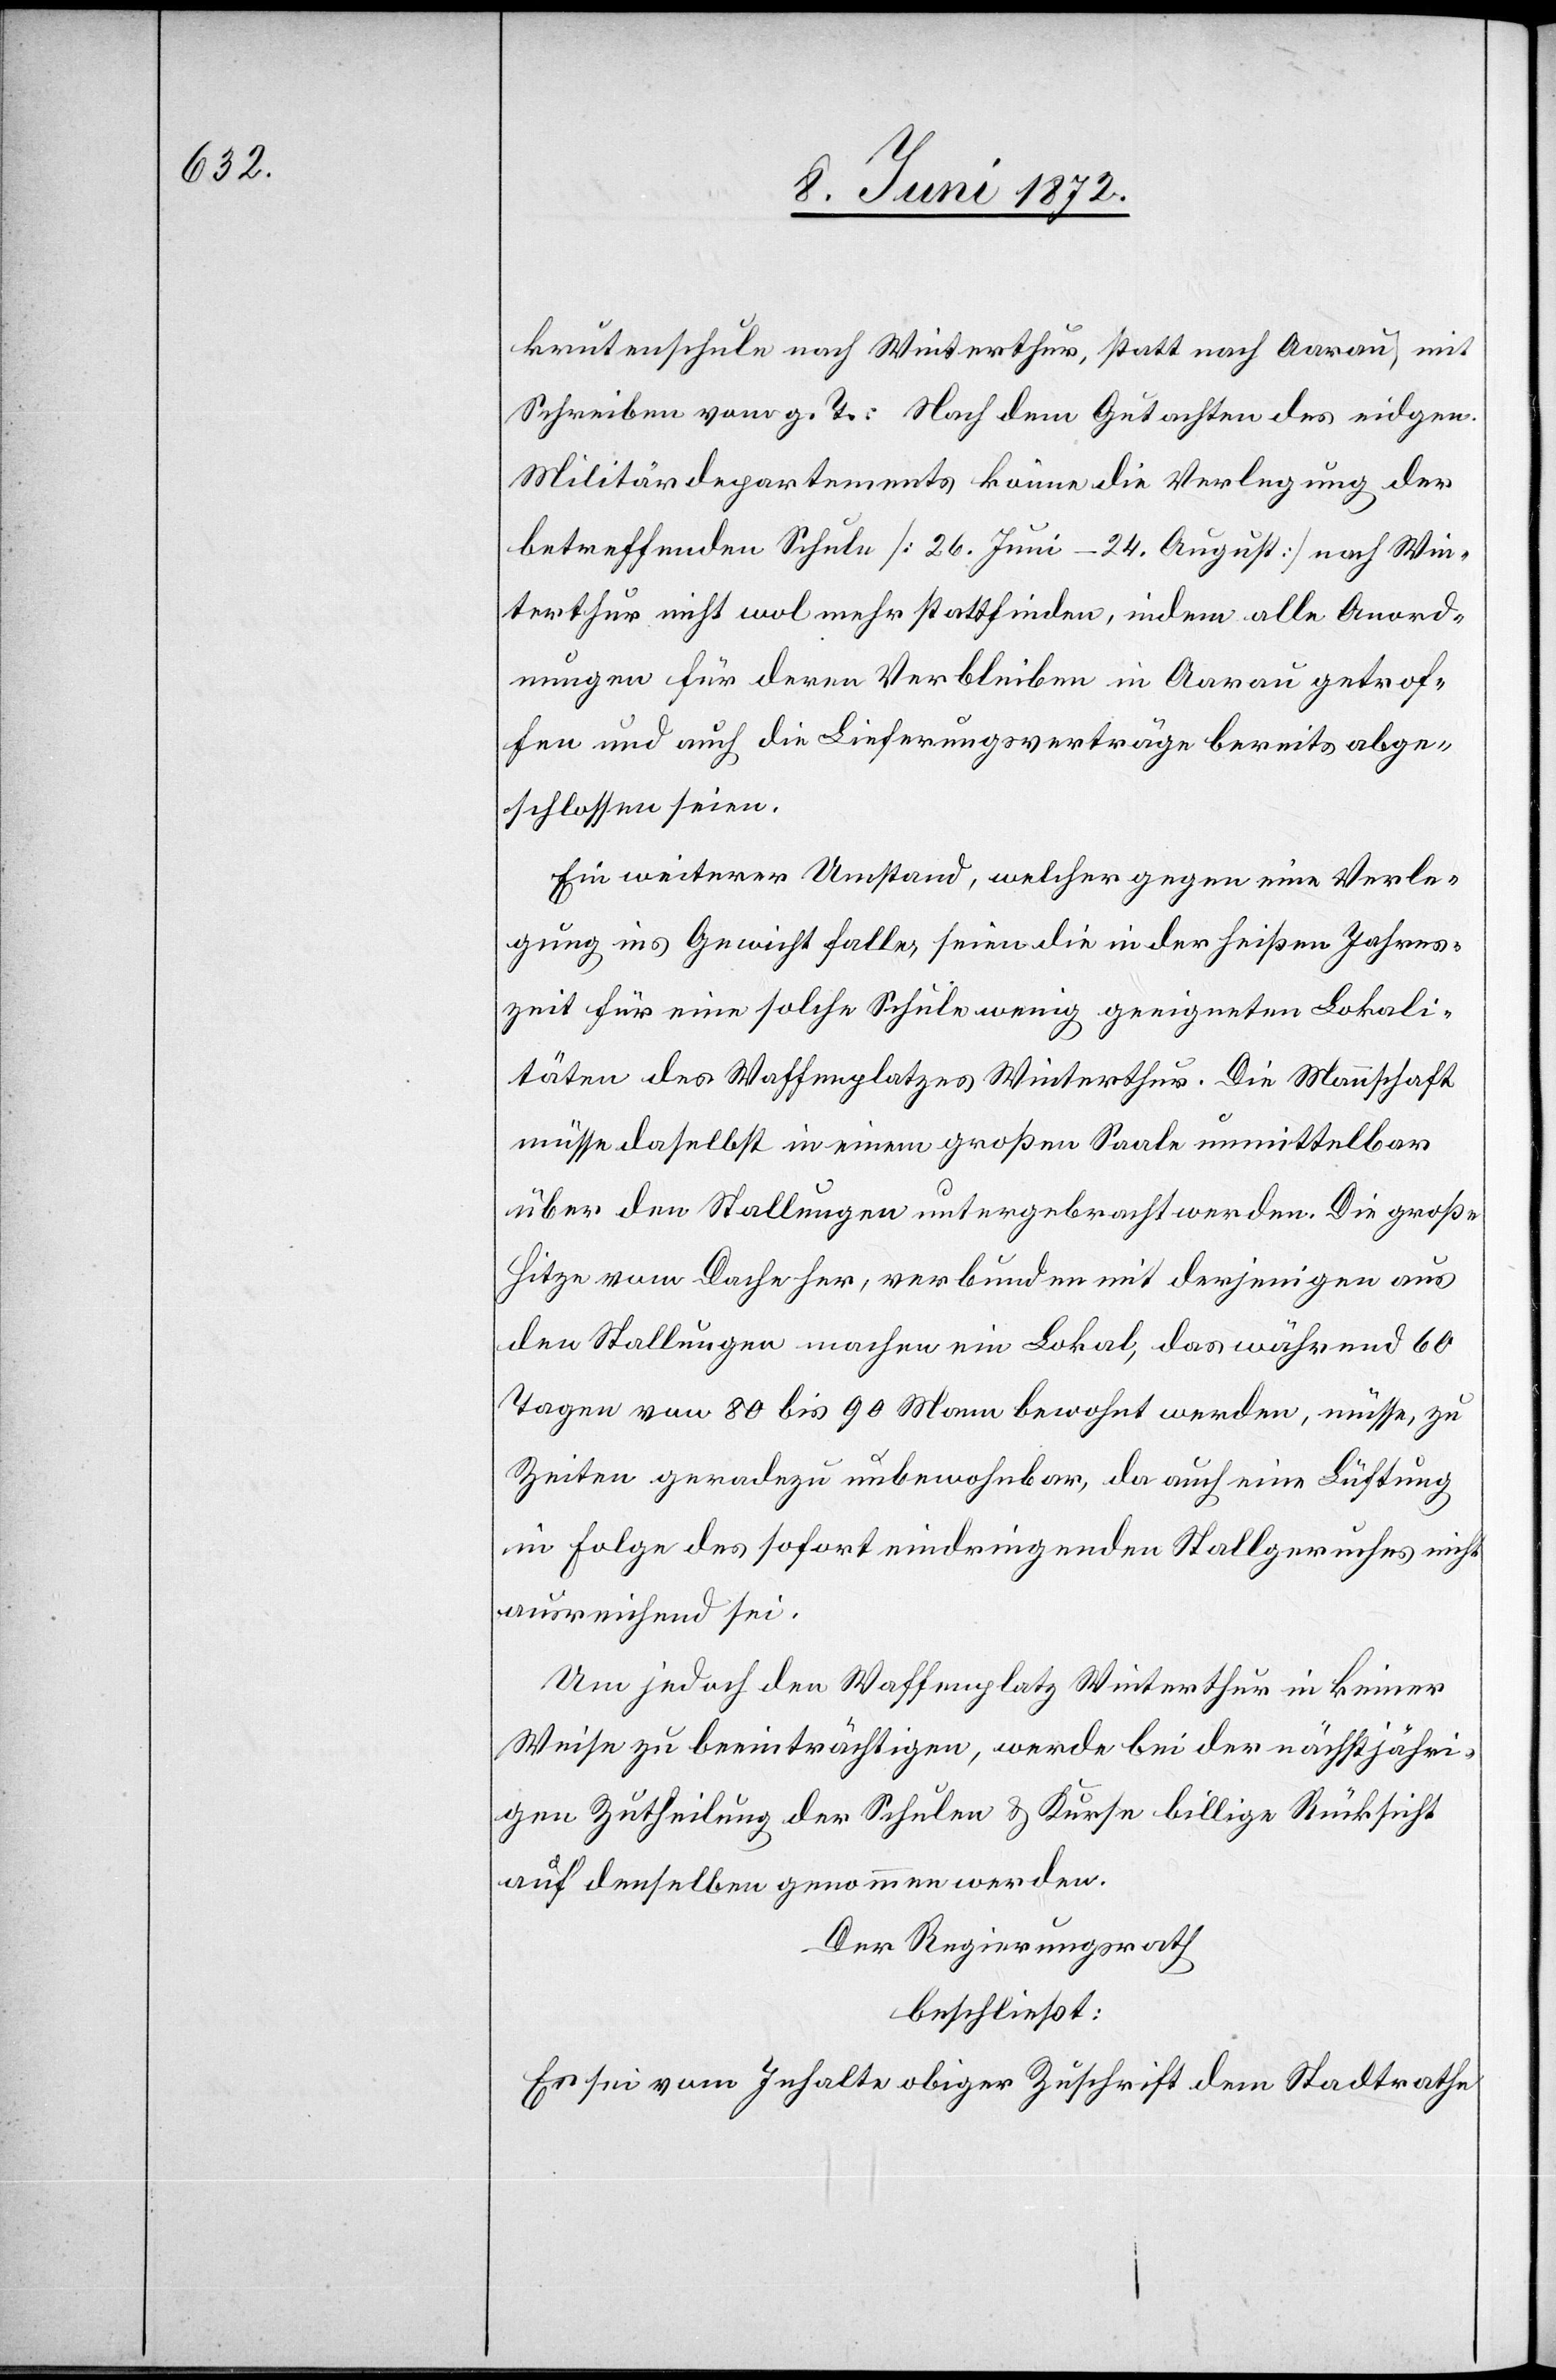
krutenschule nach Winterthur, statt nach Aarau, mit
Schreiben vom g. T.: Nach dem Gutachten des eidgen.
Militärdepartements könne die Verlegung der
betreffenden Schule [26. Juni–24. August] nach Win¬
terthur nicht wol mehr stattfinden, indem alle Anord¬
nungen für deren Verbleiben in Aarau getrof¬
fen und auch die Lieferungsverträge bereits abge¬
schlossen seien.
Ein weiterer Umstand, welcher gegen eine Verle¬
gung ins Gewicht falle, seien die in der heißen Jahres¬
zeit für eine solche Schule wenig geeigneten Lokali¬
täten des Waffenplatzes Winterthur. Die Mannschaft
müsse daselbst in einem großen Saale unmittelbar
über den Stallungen untergebracht werden. Die große
Hitze vom Dache her, verbunden mit derjenigen aus
den Stallungen machen ein Lokal, das während 60
Tagen von 80 bis 90 Mann bewohnt werden müsse, zu
Zeiten geradezu unbewohnbar, da auch eine Lüftung
in Folge des sofort eindringenden Stallgeruches nicht
ausreichend sei.
Um jedoch den Waffenplatz Winterthur in keiner
Weise zu beeinträchtigen, werde bei der nächstjähri¬
gen Zutheilung der Schulen u. Kurse billige Rücksicht
auf denselben genommen werden.
Der Regierungsrath
beschließt:
Es sei vom Inhalte obiger Zuschrift dem Stadtrathe